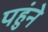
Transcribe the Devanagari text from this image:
पहुंने